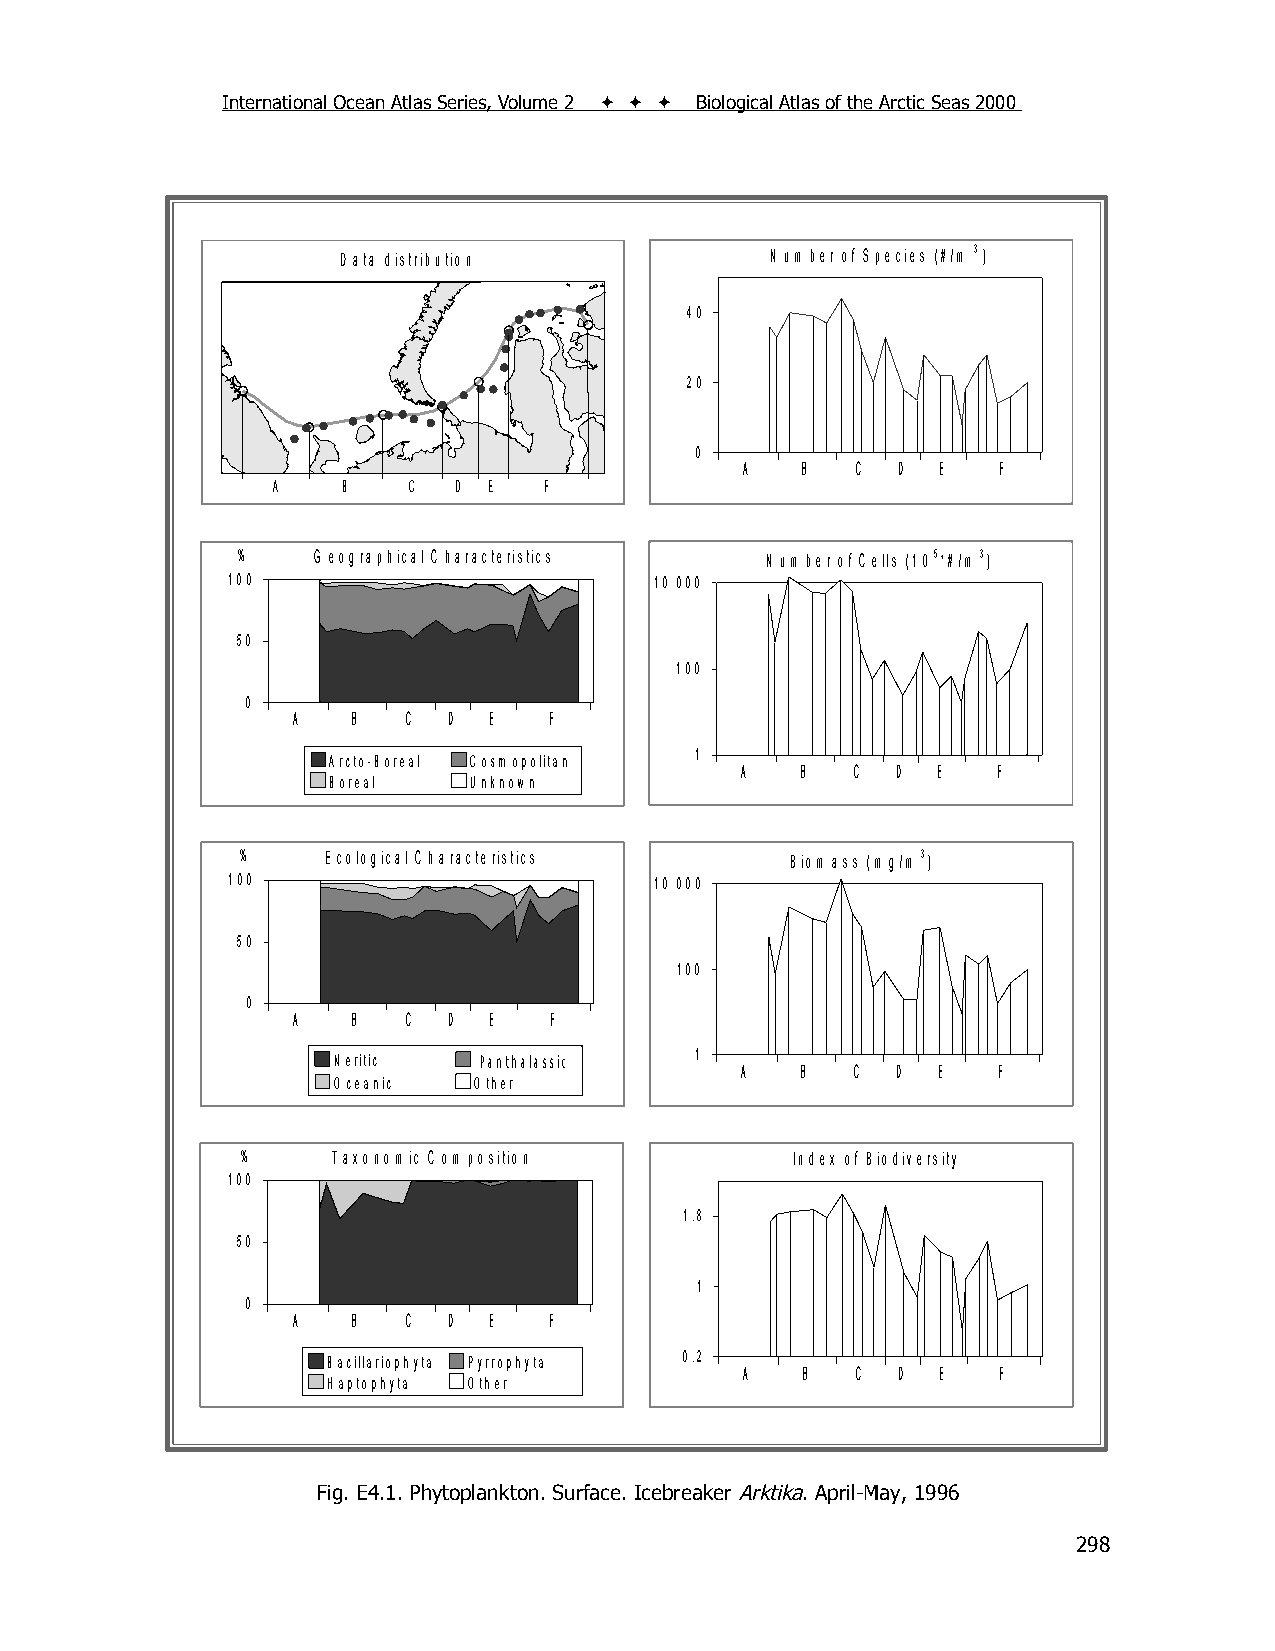
International Ocean Atlas Series, Volume 2    Biological Atlas of the Arctic Seas 2000
 D ata distribution          N um ber of S pecies (#/m 3 )
 40
 20
 0
 A   B   C D  E   F
 A    B   C  D E   F
 %    G eographical C haracteristics C elNlsu Cmobuenrt so f( 1C0e5l*l#s /(m103)5 *#/m 3)
 100                         10 100000
 50
 10100
 0
 A   B   C  D E   F
 11
 Arcto-Boreal C osm opolitan
 A   B   C D  E   F
 Boreal   U nknow n
 %    E cological C haracteristics   B iom ass (m g/m 3)
 100                         10 000
 50
 100
 0
 A   B   C  D E   F
 N eritic PPaanntthhaallaassssiikc 1
 A   B   C D  E   F
 O ceanic O ther
 %     T axonom ic C om position      Index of B iodiversity
 100
 1.8
 50
 1
 0
 A   B   C  D E   F
 0.2
 Bacillariophyta Pyrrophyta
 A   B   C D  E   F
 H aptophyta O ther
 Fig. E4.1. Phytoplankton. Surface. Icebreaker Arktika. April-May, 1996
 298